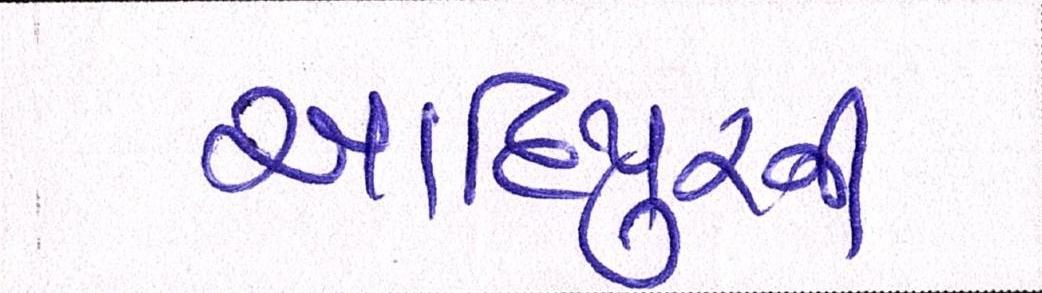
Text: આદિપુરની